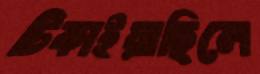
টিকাইয়াছিলে